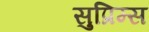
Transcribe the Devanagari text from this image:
सुप्रिम्स